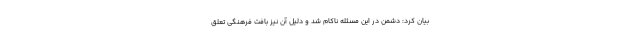
بیان کرد: دشمن در این مسئله ناکام شد و دلیل آن نیز بافت فرهنگی تعلق